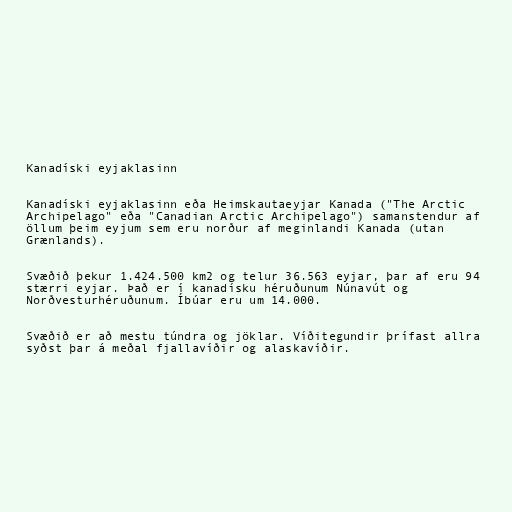
Kanadíski eyjaklasinn

Kanadíski eyjaklasinn eða Heimskautaeyjar Kanada ("The Arctic
Archipelago" eða "Canadian Arctic Archipelago") samanstendur af
öllum þeim eyjum sem eru norður af meginlandi Kanada (utan
Grænlands).

Svæðið þekur 1.424.500 km2 og telur 36.563 eyjar, þar af eru 94
stærri eyjar. Það er í kanadísku héruðunum Núnavút og
Norðvesturhéruðunum. Íbúar eru um 14.000.

Svæðið er að mestu túndra og jöklar. Víðitegundir þrífast allra
syðst þar á meðal fjallavíðir og alaskavíðir.